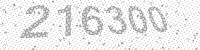
Solution: 216300